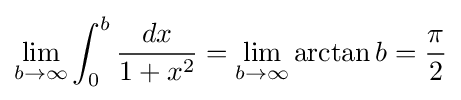
\lim _{b\to \infty }\int _{0}^{b}{\frac {dx}{1+x^{2}}}=\lim _{b\to \infty }\arctan {b}={\frac {\pi }{2}}